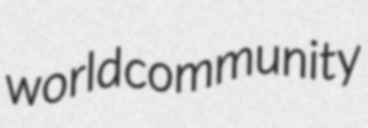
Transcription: world community